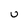
Character: U